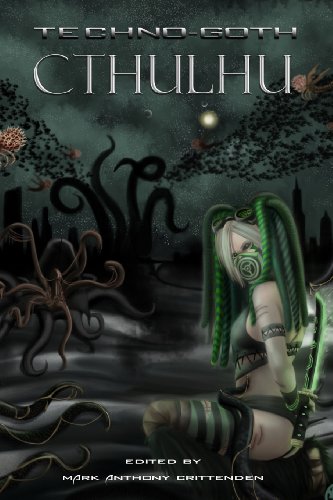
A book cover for Techno-Goth Cthulhu; Mark Anthony Crittenden; Science Fiction & Fantasy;